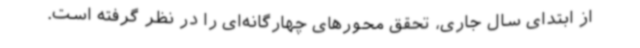
از ابتدای سال جاری، تحقق محورهای چهارگانه‌ای را در نظر گرفته‌ است.